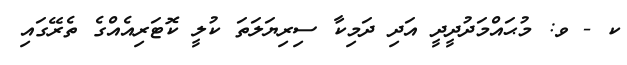
ކ - ވ: މުޙައްމަދުދީދީ އަދި ދަމިކާ ސިރިޔަލަތަ ކުލީ ކޮޓަރިއެއްގެ ތެރޭގައި